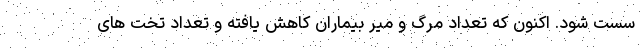
سست شود. اکنون که تعداد مرگ و میر بیماران کاهش یافته و تعداد تخت های